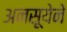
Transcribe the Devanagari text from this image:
अनसूयेने